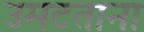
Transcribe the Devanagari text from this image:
उमटताना